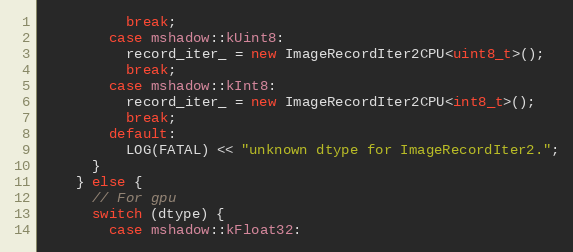
Language: C++
          break;
        case mshadow::kUint8:
          record_iter_ = new ImageRecordIter2CPU<uint8_t>();
          break;
        case mshadow::kInt8:
          record_iter_ = new ImageRecordIter2CPU<int8_t>();
          break;
        default:
          LOG(FATAL) << "unknown dtype for ImageRecordIter2.";
      }
    } else {
      // For gpu
      switch (dtype) {
        case mshadow::kFloat32: